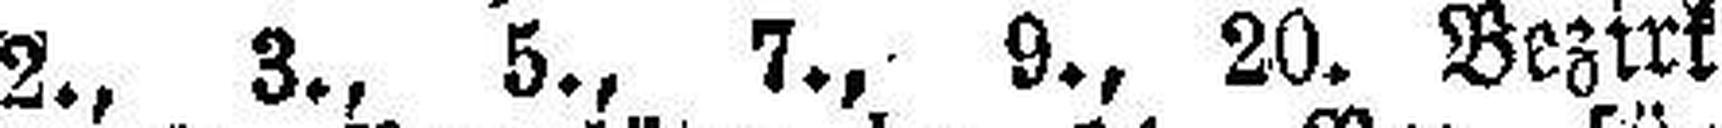
2., 3., 5., 7., 9., 20. Bezirk